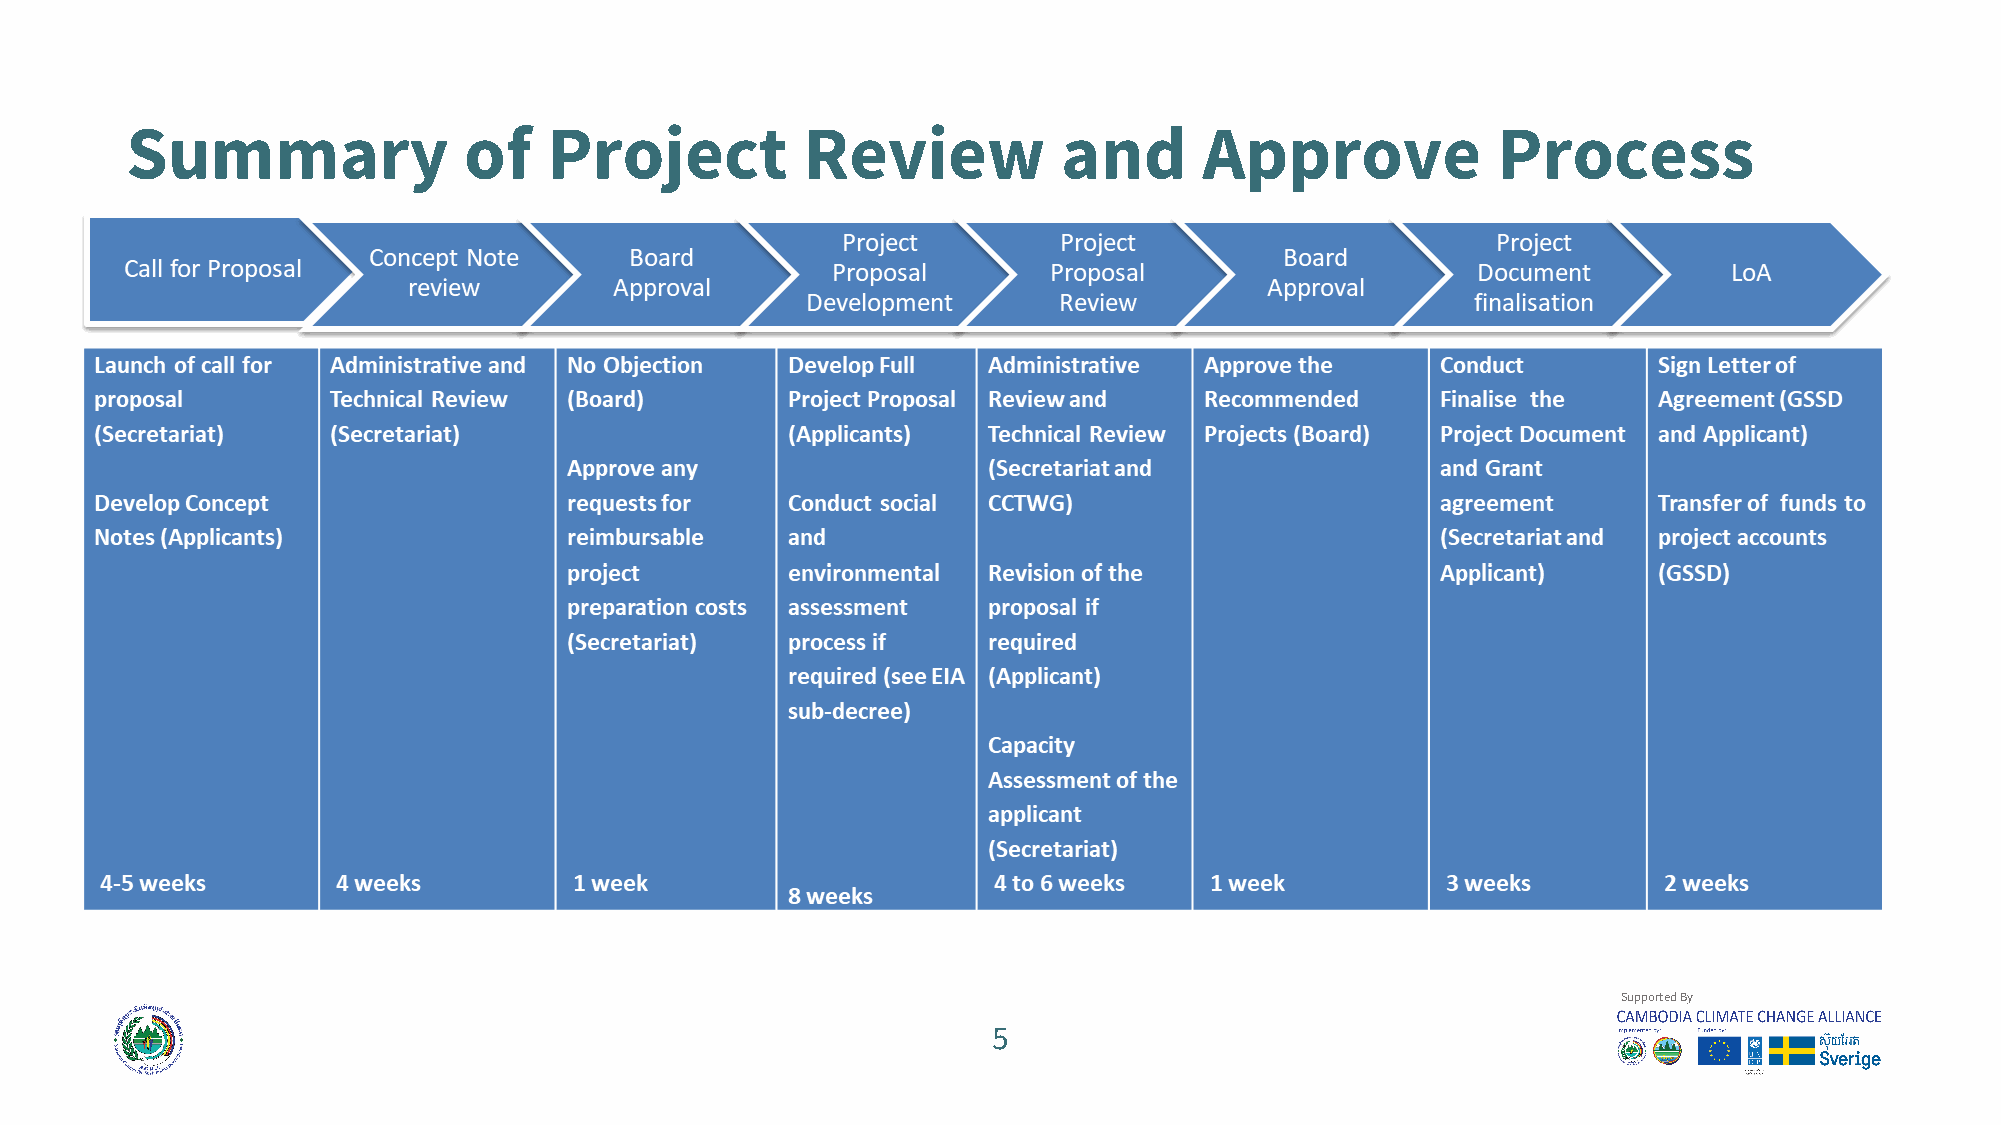
Summary                of   Project          Review           and       Approve            Process
 SSuuppppoorrtteedd BByy
 5